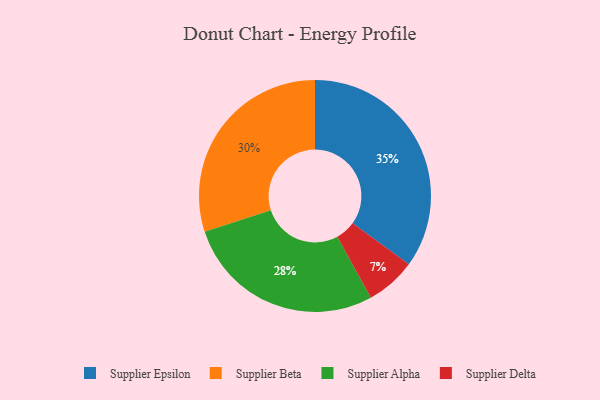
{"axis": {"x": "Category", "y": "Percentage"}, "legend": ["Supplier Alpha", "Supplier Beta", "Supplier Delta", "Supplier Epsilon"], "data": [{"x": "Supplier Beta", "y": 30, "type": "Supplier Beta"}, {"x": "Supplier Epsilon", "y": 35, "type": "Supplier Epsilon"}, {"x": "Supplier Alpha", "y": 28, "type": "Supplier Alpha"}, {"x": "Supplier Delta", "y": 7, "type": "Supplier Delta"}]}